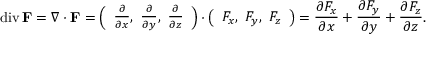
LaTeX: \operatorname { d i v } \mathbf { F } = \nabla \cdot \mathbf { F } = { \left( \begin{array} { l } { { \frac { \partial } { \partial x } } , \ { \frac { \partial } { \partial y } } , \ { \frac { \partial } { \partial z } } } \end{array} \right) } \cdot { \left( \begin{array} { l } { F _ { x } , \ F _ { y } , \ F _ { z } } \end{array} \right) } = { \frac { \partial F _ { x } } { \partial x } } + { \frac { \partial F _ { y } } { \partial y } } + { \frac { \partial F _ { z } } { \partial z } } .